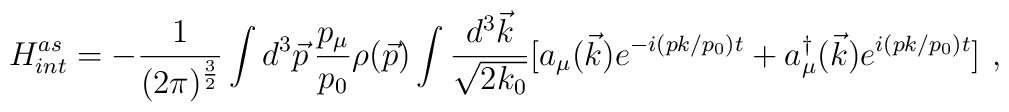
H^{as}_{int}=-{\displaystyle \frac{1}{(2\pi)^{\frac{3}{2}}}}\int d^3 \vec{p}\,\frac{p_{\mu}}{p_0}\rho(\vec{p}) \int \frac{d^3 \vec{k}}{\sqrt{2k_0}}[a_{\mu}(\vec{k})e^{-i(pk/p_0)t}+a_{\mu}^{\dagger}(\vec{k})e^{i(pk/p_0)t}] \,\,,